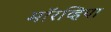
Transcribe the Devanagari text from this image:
मॉरव्हिया